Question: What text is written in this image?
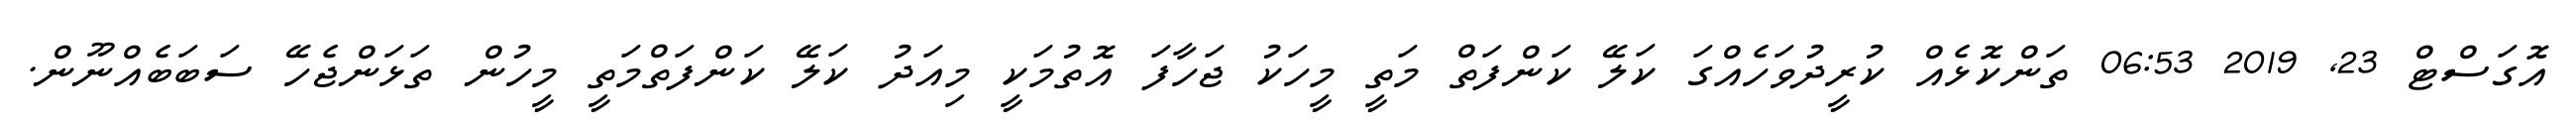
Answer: އޮގަސްޓް 23, 2019 06:53 ތަންކޮޅެއް ކުރީދުވަހެއްގަ ކަލޭ ކަންފަތް މަތީ މީހަކު ޖަހާފަ އޮތުމަކީ މިއަދު ކަލޭ ކަންފަތްމަތީ މީހުން ތަޅަންޖެހޭ ސަބަބެއްނޫން.